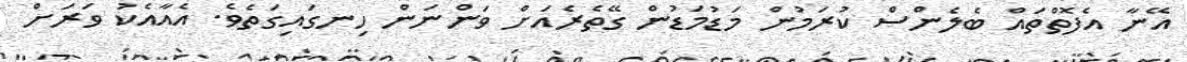
އޭނާ އެފޮތްތައް ބެލެންސް ކުރަމުން މަޑުމަޑުން ގޭތެރެއަށް ވަންނަން ހިނގައިގަތެވެ. އެއާއެކު ވަރަށް